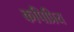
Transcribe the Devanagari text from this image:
कपिप्रिय